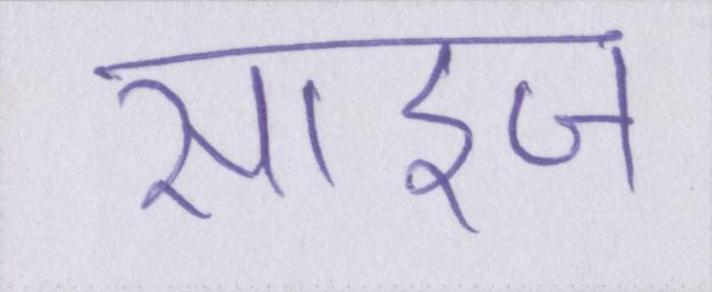
साइज